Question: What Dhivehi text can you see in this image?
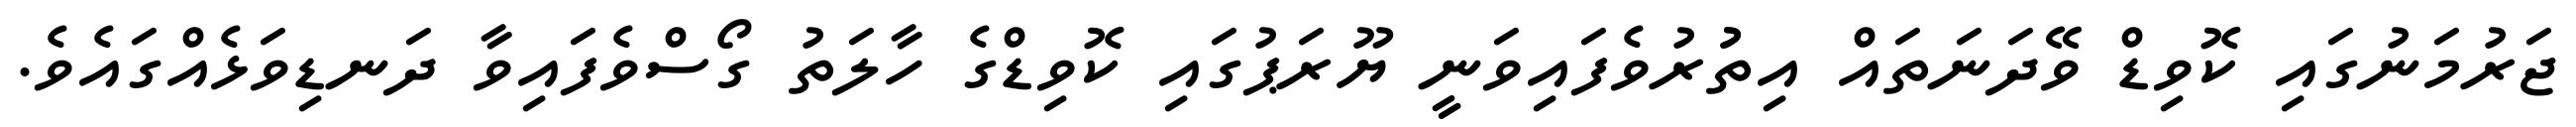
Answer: ޖަރުމަނުގައި ކޮވިޑް ވޭދަނަތައް އިތުުރުވެފައިވަނީ ޔޫރަޕުގައި ކޮވިޑްގެ ހާލަތު ގޯސްވެފައިވާ ދަނޑިވަޅެއްގައެވެ.